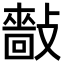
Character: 𢿿